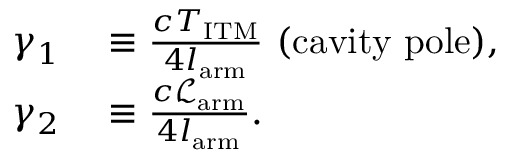
\begin{array} { r l } { \gamma _ { 1 } } & { { } \equiv \frac { c T _ { \mathrm { I T M } } } { 4 l _ { \mathrm { a r m } } } \ ( \mathrm { c a v i t y \ p o l e } ) , } \\ { \gamma _ { 2 } } & { { } \equiv \frac { c \mathcal { L } _ { \mathrm { a r m } } } { 4 l _ { \mathrm { a r m } } } . } \end{array}